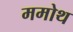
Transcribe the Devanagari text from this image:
ममोथ